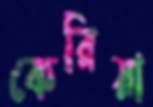
কেরিয়া